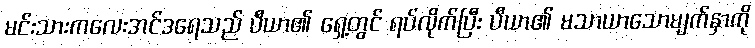
မင်းသားကလေးအင်ဒရေသည် ပီယာ၏ ရှေ့တွင် ရပ်လိုက်ပြီး ပီယာ၏ မသာယာသောမျက်နှာကို